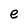
Character: e